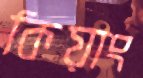
কিয়াং